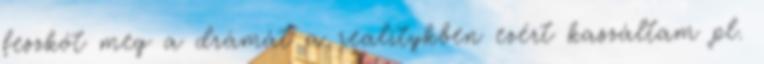
feszkót meg a drámát a realitykben ezért kaszáltam pl.